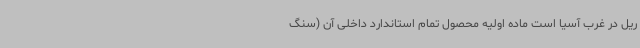
ریل در غرب آسیا است ماده اولیه محصول تمام استاندارد داخلی آن (سنگ